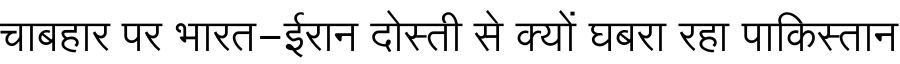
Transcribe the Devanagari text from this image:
चाबहार पर भारत-ईरान दोस्ती से क्यों घबरा रहा पाकिस्तान